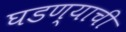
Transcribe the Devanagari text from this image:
घडण्याची